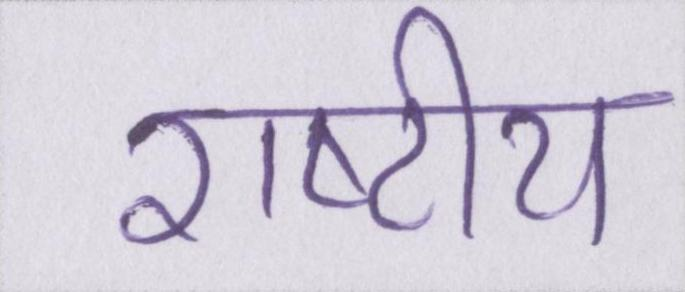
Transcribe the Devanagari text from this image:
राष्टीय